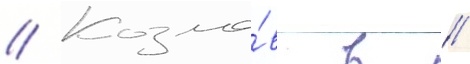
// Козло́в в //